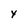
Character: Y